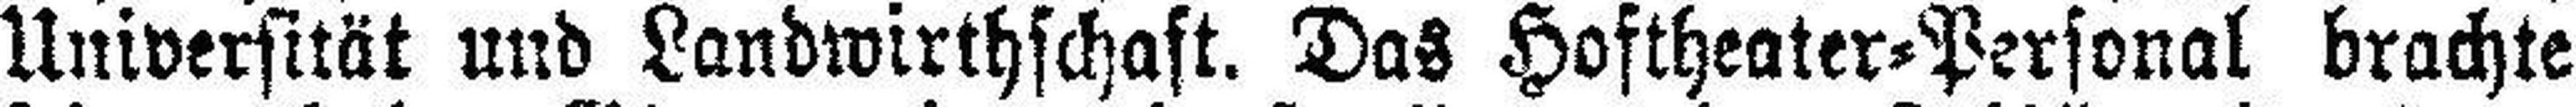
Universität und Landwirthschaft. Das Hoftheater=Personal brachte